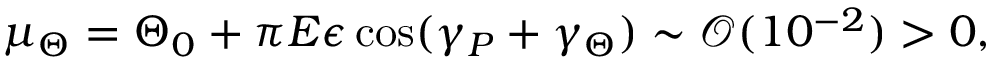
\mu _ { \Theta } = \Theta _ { 0 } + \pi E \epsilon \cos ( \gamma _ { P } + \gamma _ { \Theta } ) \sim \mathcal { O } ( 1 0 ^ { - 2 } ) > 0 ,